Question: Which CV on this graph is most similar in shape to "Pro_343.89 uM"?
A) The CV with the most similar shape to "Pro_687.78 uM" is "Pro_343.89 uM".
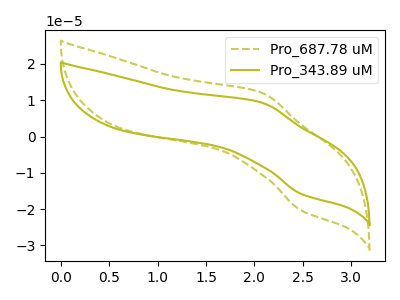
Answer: <think>The olive dashed curve "Pro_687.78 uM" has an anodic peak at (2.10V, 12.05uA) and a cathodic peak at (2.50V, -20.40uA). The olive curve "Pro_343.89 uM" has an anodic peak at (2.10V, 9.35uA) and a cathodic peak at (2.50V, -15.85uA).
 All the peaks in "Pro_687.78 uM" have a peak in "Pro_343.89 uM" at the same potential. Every peak in "Pro_687.78 uM" is higher than every peak in "Pro_343.89 uM".</think>
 <answer>A) The CV with the most similar shape to "Pro_687.78 uM" is "Pro_343.89 uM".</answer>
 <eval>A</eval>